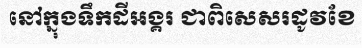
នៅក្នុងទឹកដីអង្គរ ជាពិសេសរដូវខែ